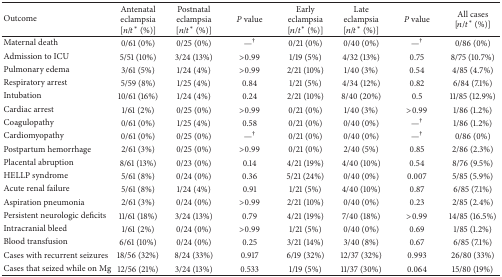
<table><thead><tr><td><b>Outcome</b></td><td><b>Antenatal eclampsia [<i>n</i>/<i>t</i>* (%)]</b></td><td><b>Postnatal eclampsia [<i>n</i>/<i>t</i>* (%)]</b></td><td><b><i>P</i> value</b></td><td><b>Early eclampsia [<i>n</i>/<i>t</i>* (%)]</b></td><td><b>Late eclampsia [<i>n</i>/<i>t</i>* (%)]</b></td><td><b><i>P</i> value</b></td><td><b>All cases [<i>n</i>/<i>t</i>* (%)]</b></td></tr></thead><tbody><tr><td>Maternal death</td><td>0/61 (0%)</td><td>0/25 (0%)</td><td>—<sup>†</sup></td><td>0/21 (0%)</td><td>0/40 (0%)</td><td>—<sup>†</sup></td><td>0/86 (0%)</td></tr><tr><td>Admission to ICU </td><td>5/51 (10%)</td><td>3/24 (13%)</td><td>&gt;0.99</td><td>1/19 (5%)</td><td>4/32 (13%)</td><td>0.75</td><td>8/75 (10.7%)</td></tr><tr><td>Pulmonary edema</td><td>3/61 (5%)</td><td>1/24 (4%)</td><td>&gt;0.99</td><td>2/21 (10%)</td><td>1/40 (3%)</td><td>0.54</td><td>4/85 (4.7%)</td></tr><tr><td>Respiratory arrest</td><td>5/59 (8%)</td><td>1/25 (4%)</td><td>0.84</td><td>1/21 (5%)</td><td>4/34 (12%)</td><td>0.82</td><td>6/84 (7.1%)</td></tr><tr><td>Intubation</td><td>10/61 (16%)</td><td>1/24 (4%)</td><td>0.24</td><td>2/21 (10%)</td><td>8/40 (20%)</td><td>0.5</td><td>11/85 (12.9%)</td></tr><tr><td>Cardiac arrest</td><td>1/61 (2%)</td><td>0/25 (0%)</td><td>&gt;0.99</td><td>0/21 (0%)</td><td>1/40 (3%)</td><td>&gt;0.99</td><td>1/86 (1.2%)</td></tr><tr><td>Coagulopathy</td><td>0/61 (0%)</td><td>1/25 (4%)</td><td>0.58</td><td>0/21 (0%)</td><td>0/40 (0%)</td><td>—<sup>†</sup></td><td>1/86 (1.2%)</td></tr><tr><td>Cardiomyopathy</td><td>0/61 (0%)</td><td>0/25 (0%)</td><td>—<sup>†</sup></td><td>0/21 (0%)</td><td>0/40 (0%)</td><td>—<sup>†</sup></td><td>0/86 (0%)</td></tr><tr><td>Postpartum hemorrhage</td><td>2/61 (3%)</td><td>0/25 (0%)</td><td>&gt;0.99</td><td>0/21 (0%)</td><td>2/40 (5%)</td><td>0.85</td><td>2/86 (2.3%)</td></tr><tr><td>Placental abruption </td><td>8/61 (13%)</td><td>0/23 (0%)</td><td>0.14</td><td>4/21 (19%)</td><td>4/40 (10%)</td><td>0.54</td><td>8/76 (9.5%)</td></tr><tr><td>HELLP syndrome</td><td>5/61 (8%)</td><td>0/24 (0%)</td><td>0.36</td><td>5/21 (24%)</td><td>0/40 (0%)</td><td>0.007</td><td>5/85 (5.9%)</td></tr><tr><td>Acute renal failure</td><td>5/61 (8%)</td><td>1/24 (4%)</td><td>0.91</td><td>1/21 (5%)</td><td>4/40 (10%)</td><td>0.87</td><td>6/85 (7.1%)</td></tr><tr><td>Aspiration pneumonia</td><td>2/61 (3%)</td><td>0/24 (0%)</td><td>&gt;0.99</td><td>2/21 (10%)</td><td>0/40 (0%)</td><td>0.23</td><td>2/85 (2.4%)</td></tr><tr><td>Persistent neurologic deficits</td><td>11/61 (18%)</td><td>3/24 (13%)</td><td>0.79</td><td>4/21 (19%)</td><td>7/40 (18%)</td><td>&gt;0.99</td><td>14/85 (16.5%)</td></tr><tr><td>Intracranial bleed</td><td>1/61 (2%)</td><td>0/24 (0%)</td><td>&gt;0.99</td><td>1/21 (5%)</td><td>0/40 (0%)</td><td>0.69</td><td>1/85 (1.2%)</td></tr><tr><td>Blood transfusion</td><td>6/61 (10%)</td><td>0/24 (0%)</td><td>0.25</td><td>3/21 (14%)</td><td>3/40 (8%)</td><td>0.67</td><td>6/85 (7.1%)</td></tr><tr><td>Cases with recurrent seizures</td><td>18/56 (32%)</td><td>8/24 (33%)</td><td>0.917</td><td>6/19 (32%)</td><td>12/37 (32%)</td><td>0.993</td><td>26/80 (33%)</td></tr><tr><td>Cases that seized while on Mg</td><td>12/56 (21%)</td><td>3/24 (13%)</td><td>0.533</td><td>1/19 (5%)</td><td>11/37 (30%)</td><td>0.064</td><td>15/80 (19%)</td></tr></tbody></table>